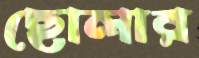
ছোলার